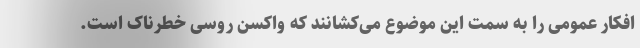
افکار عمومی را به سمت این موضوع می‌کشانند که واکسن روسی خطرناک است.